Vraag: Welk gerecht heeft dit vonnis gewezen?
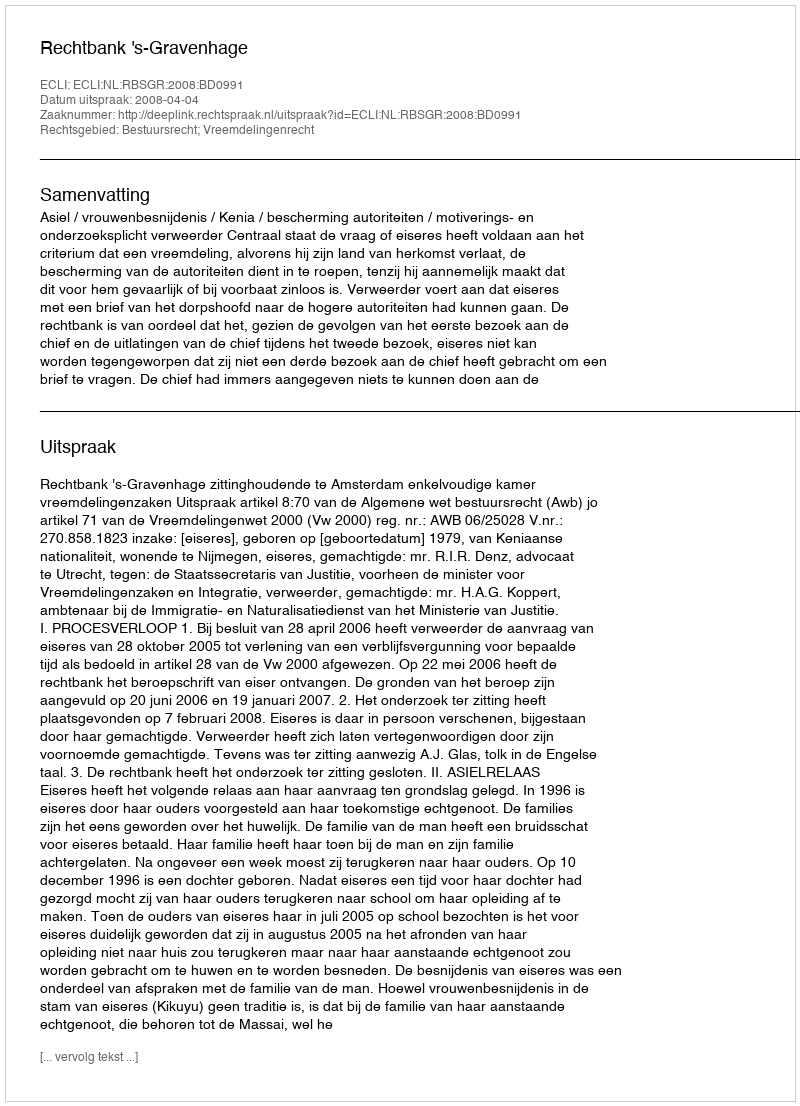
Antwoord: Rechtbank 's-Gravenhage